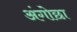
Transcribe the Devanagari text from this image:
अंगोछा